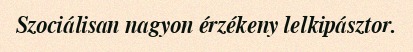
Szociálisan nagyon érzékeny lelkipásztor.